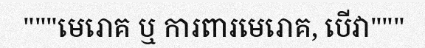
"""មេរោគ ឬ ការពារមេរោគ, បើវា"""